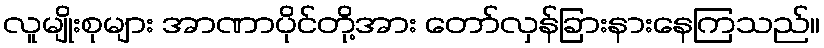
လူမျိုးစုများ အာဏာပိုင်တို့အား တော်လှန်ခြားနားနေကြသည်။